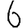
Digit: 6